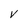
Character: V